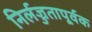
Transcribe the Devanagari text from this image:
निर्लज्जतापूर्वक